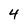
Character: 4